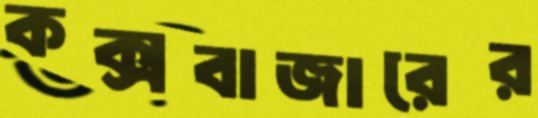
কক্সবাজারের